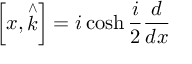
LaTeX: \left[ x , \stackrel { \wedge } { k } \right] = i \cosh \frac { i } { 2 } \frac { d } { d x }